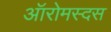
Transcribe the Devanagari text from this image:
ऑरोमस्दस